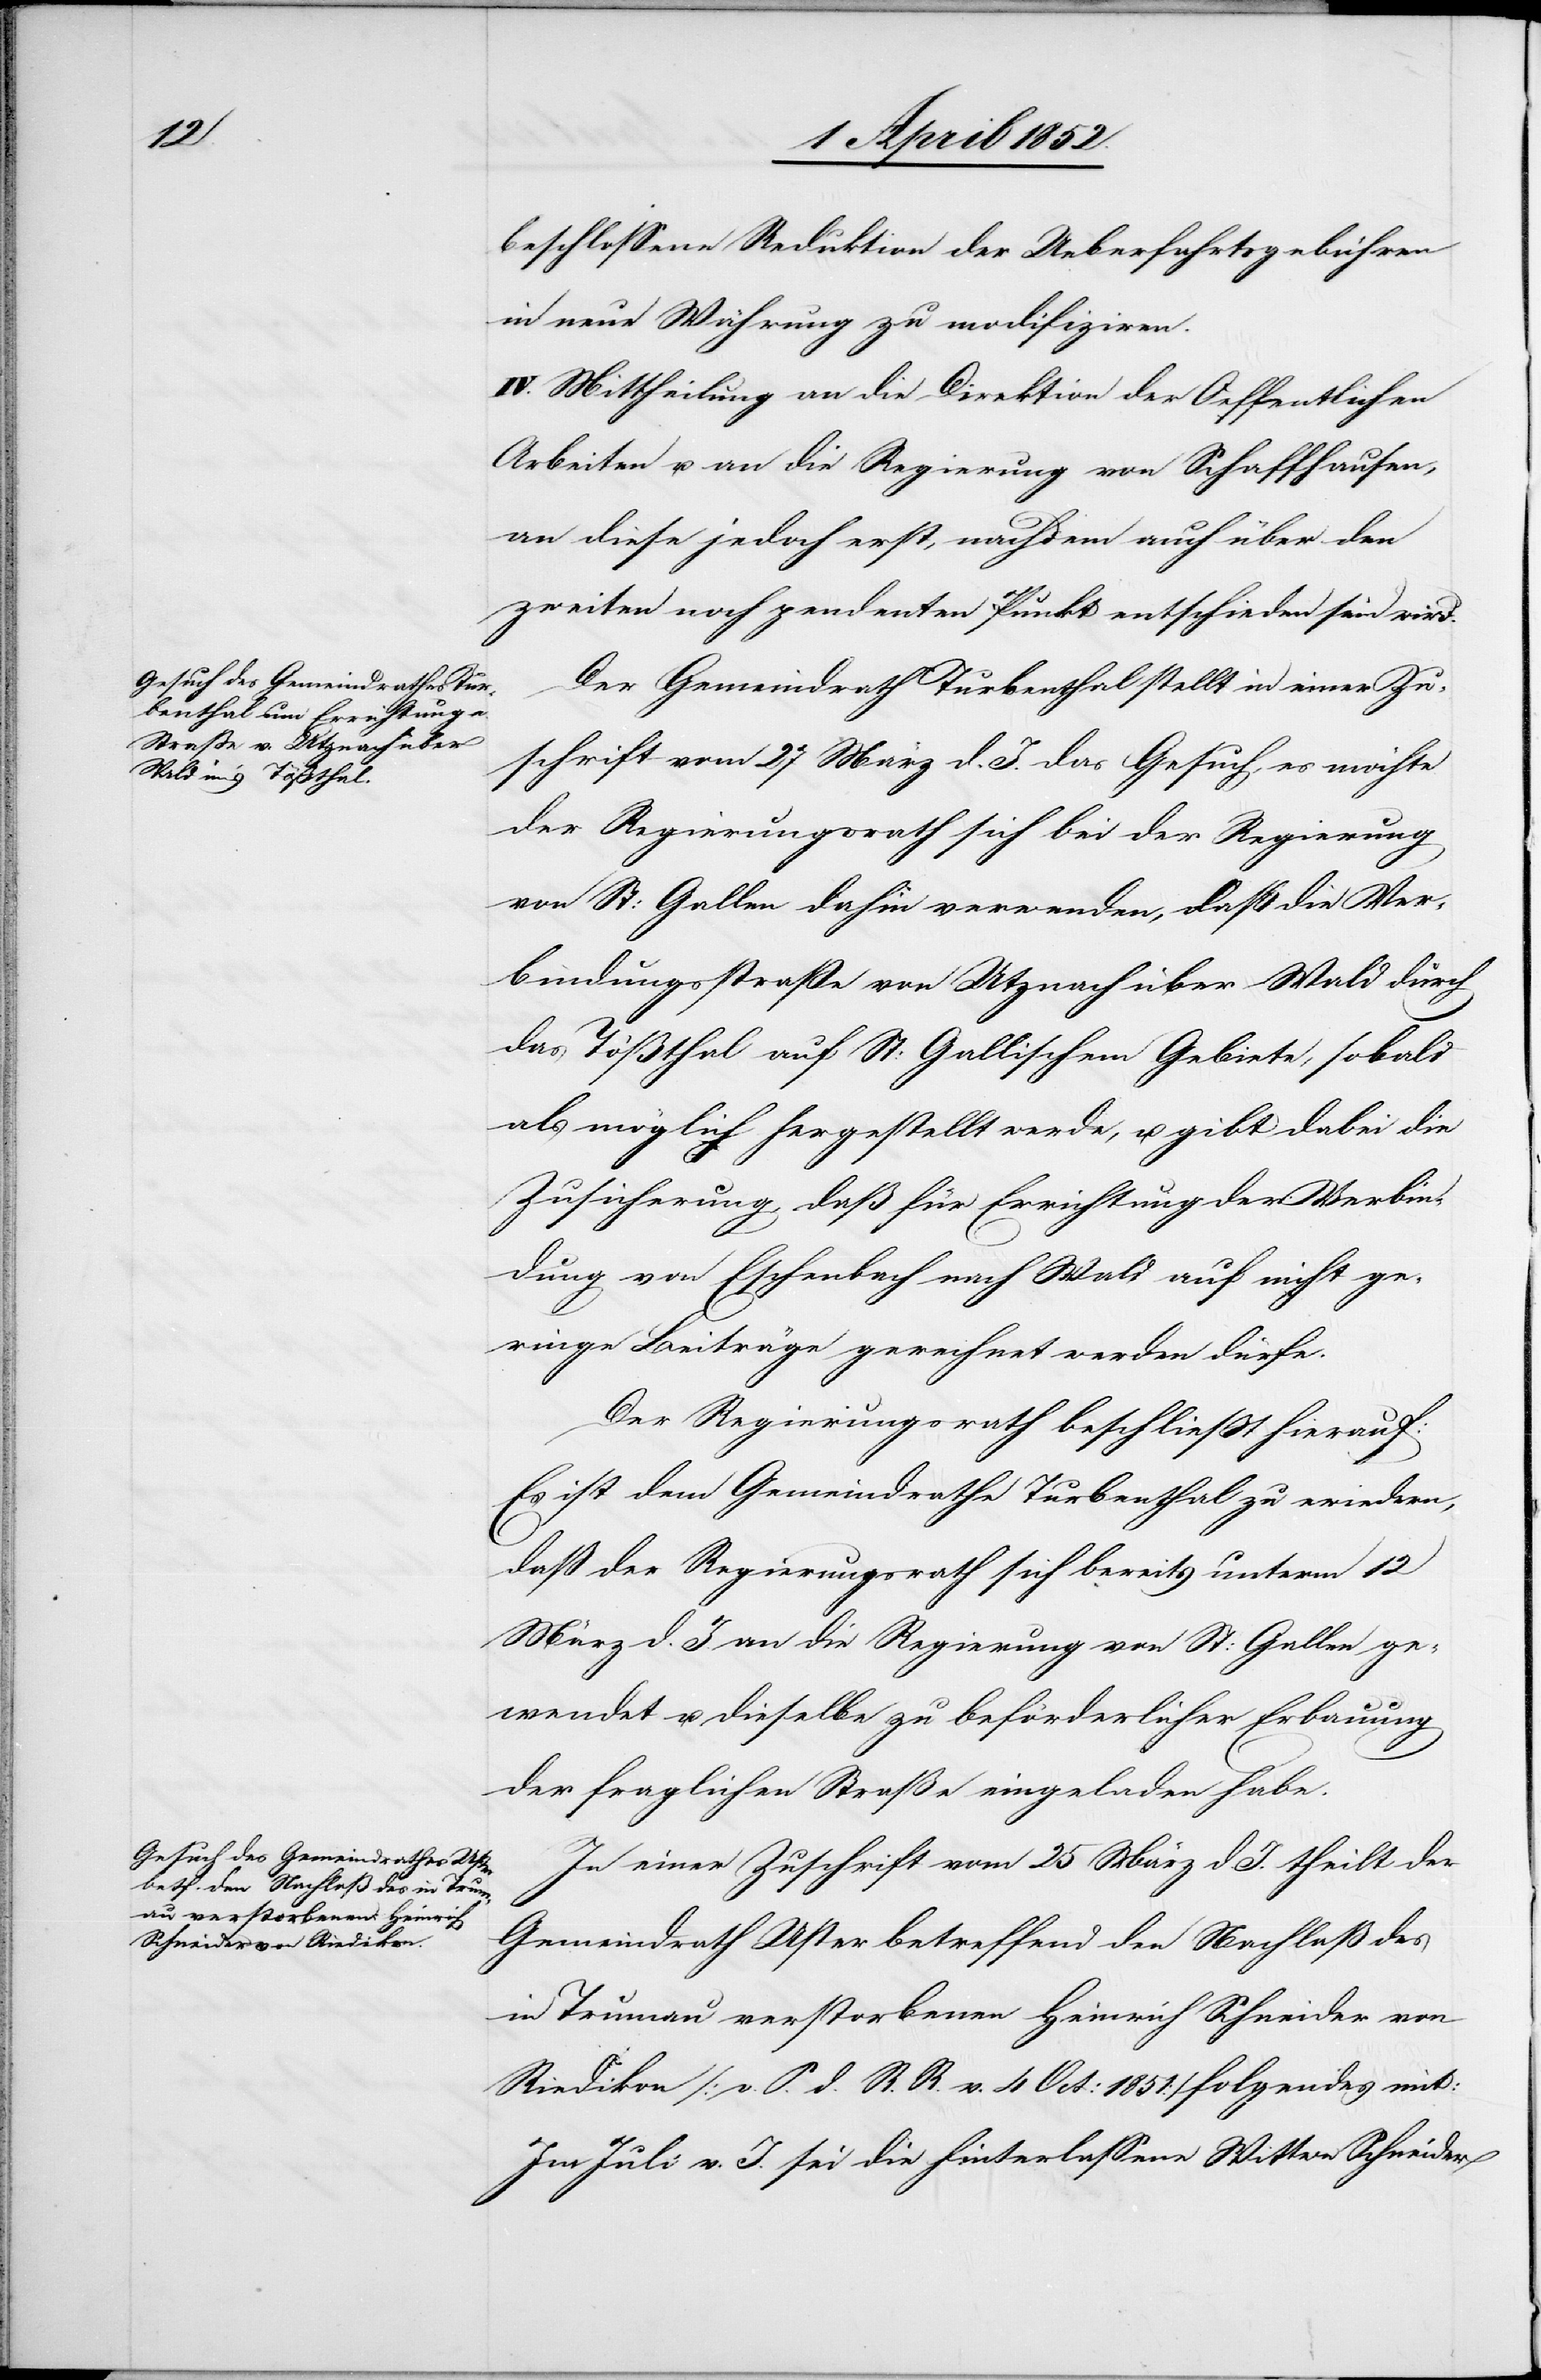
beschlossene Reduktion der Ueberfahrtsgebühren
in neue Währung zu modifiziren.
IV. Mittheilung an die Direktion der Oeffentlichen
Arbeiten u. an die Regierung von Schaffhausen,
an diese jedoch erst, nachdem auch über den
zweiten noch pendenten Punkt entschieden sein wird.
Der Gemeindrath Turbenthal stellt in einer Zu¬
schrift vom 27 März d. J. das Gesuch, es möchte
der Regierungsrath sich bei der Regierung
von St: Gallen dahin verwenden, daß die Ver¬
bindungsstraße von Utznach über Wald durch
das Tößthal auf St: Gallischem Gebiete, sobald
als möglich hergestellt werde, u. gibt dabei die
Zusicherung, daß für Errichtung der Verbin¬
dung von Eschenbach nach Wald auf nicht ge¬
ringe Beiträge gerechnet werden dürfe.
Der Regierungsrath beschliesst hierauf:
Es ist dem Gemeindrathe Turbenthal zu e[r]wiedern,
dass der Regierungsrath sich bereits unterm 12
März d. J. an die Regierung von St: Gallen ge¬
wendet u. dieselbe zu beförderlicher Erbauung
der fraglichen Straße eingeladen habe.
In einer Zuschrift vom 25 März d. J. theilt der
Gemeindrath Uster betreffend den Nachlaß des
in Trumau verstorbenen Heinrich Schneider von
Riedikon [v. S. d. R. R. v. 4 Oct: 1851] folgendes mit:
Im Juli v. J. sei die hinterlassene Wittwe Schneider